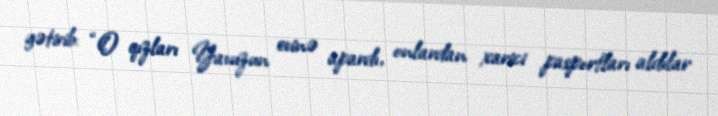
gətirib: “O qızları Yavuzun evinə apardı, onlardan xarici pasportları aldılar